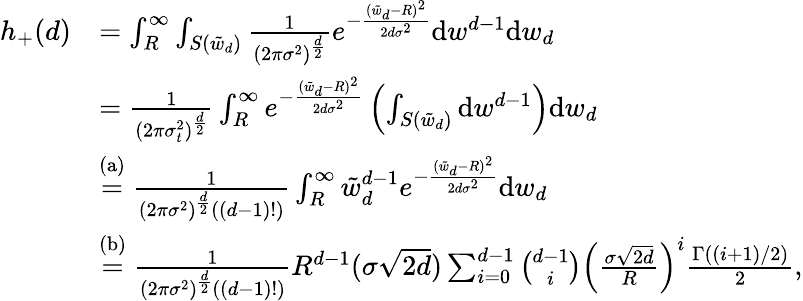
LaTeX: \begin{array}{rl}{h_{+}(d)}&{=\int_{R}^{\infty}\int_{S(\tilde{w}_{d})}\frac{1}{(2\pi\sigma^{2})^{\frac{d}{2}}}e^{-\frac{(\tilde{w}_{d}-R)^{2}}{2d\sigma^{2}}}\mathrm{d}w^{d-1}\mathrm{d}w_{d}}\\ &{=\frac{1}{(2\pi\sigma_{t}^{2})^{\frac{d}{2}}}\int_{R}^{\infty}e^{-\frac{(\tilde{w}_{d}-R)^{2}}{2d\sigma^{2}}}\left(\int_{S(\tilde{w}_{d})}\mathrm{d}w^{d-1}\right)\mathrm{d}w_{d}}\\ &{\stackrel{\mathrm{(a)}}=\frac{1}{(2\pi\sigma^{2})^{\frac{d}{2}}((d-1)!)}\int_{R}^{\infty}\tilde{w}_{d}^{d-1}e^{-\frac{(\tilde{w}_{d}-R)^{2}}{2d\sigma^{2}}}\mathrm{d}w_{d}}\\ &{\stackrel{\mathrm{(b)}}=\frac{1}{(2\pi\sigma^{2})^{\frac{d}{2}}((d-1)!)}R^{d-1}(\sigma\sqrt{2d})\sum_{i=0}^{d-1}{\binom{d-1}{i}}\left(\frac{\sigma\sqrt{2d}}{R}\right)^{i}\frac{\Gamma((i+1)/2)}{2},}\end{array}